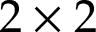
2 \times 2